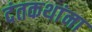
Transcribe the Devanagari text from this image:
दंतकथांना